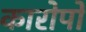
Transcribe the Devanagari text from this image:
कारोपों